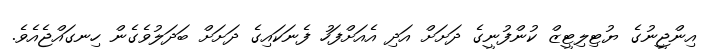
އިންޖީނުގެ ޔުޓިލިޓީޒް ކުންފުނީގެ ދަށަށް އަދި އެއަށްފަހު ފެނަކައިގެ ދަށަށް ބަދަލުވެގެން ހިނގައްޖެއެވެ.